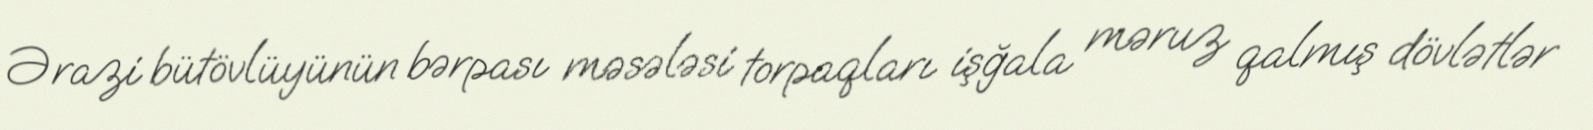
Ərazi bütövlüyünün bərpası məsələsi torpaqları işğala məruz qalmış dövlətlər